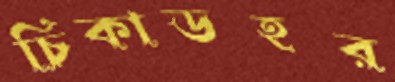
চিকাডহর